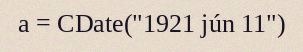
a = CDate("1921 jún 11")